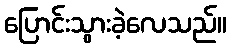
ပြောင်းသွားခဲ့လေသည်။